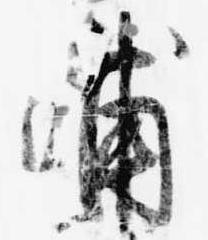
浦